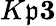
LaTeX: K\mathfrak{p}\le3